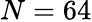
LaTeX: N=64